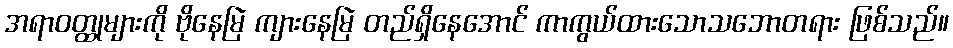
အရာဝတ္ထုများကို ဗိုနေမြဲ ကျားနေမြဲ တည်ရှိနေအောင် ကာကွယ်ထားသောသဘောတရား ဖြစ်သည်။